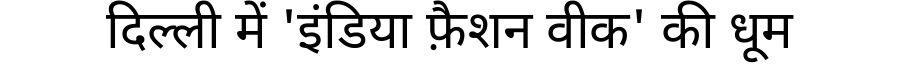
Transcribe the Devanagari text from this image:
दिल्ली में 'इंडिया फ़ैशन वीक' की धूम